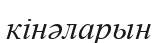
кінәларын